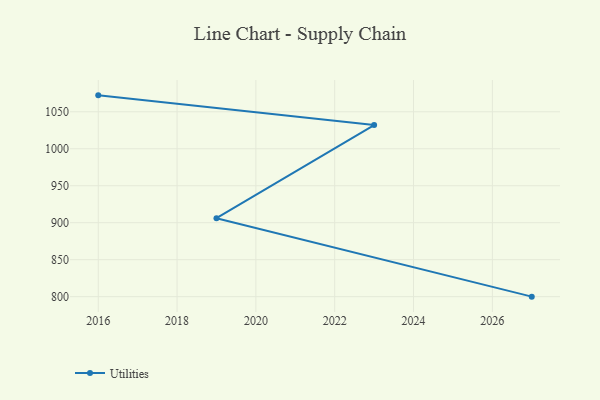
{"axis": {"x": "Year", "y": "Waste Production (Tons)"}, "legend": ["Utilities"], "data": [{"x": "2016", "y": 1072.2, "type": "Utilities"}, {"x": "2023", "y": 1032.0, "type": "Utilities"}, {"x": "2019", "y": 906.1, "type": "Utilities"}, {"x": "2027", "y": 800, "type": "Utilities"}]}